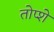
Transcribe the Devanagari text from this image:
तोप्शे